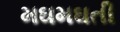
મઘમઘતી